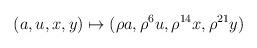
LaTeX: \begin{align*}(a, u, x, y)\mapsto (\rho a, \rho^6 u, \rho^{14} x, \rho^{21} y)\end{align*}